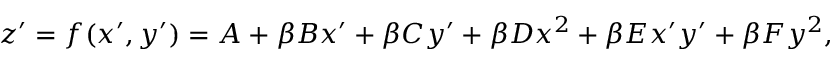
z ^ { \prime } = f ( x ^ { \prime } , y ^ { \prime } ) = A + \beta B x ^ { \prime } + \beta C y ^ { \prime } + \beta D x ^ { 2 } + \beta E x ^ { \prime } y ^ { \prime } + \beta F y ^ { 2 } ,